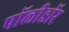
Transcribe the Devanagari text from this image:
पॉलीडॉर